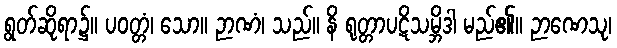
ရွတ်ဆိုရာ၌။ ပဝတ္တံ၊ သော။ ဉာဏံ၊ သည်။ နိ ရုတ္တာပဋိသမ္ဘိဒါ မည်၏။ ဉာဏေသု၊